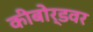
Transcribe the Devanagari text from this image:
कीबोर्डवर